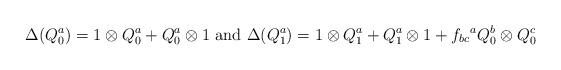
LaTeX: \begin{align*}\Delta(Q_0^a)=1\otimes Q_0^a +Q_0^a\otimes1\mbox{ and } \Delta(Q_1^a)=1\otimes Q_1^a +Q_1^a\otimes1 +{f_{bc}}^a Q_0^b\otimes Q_0^c\end{align*}